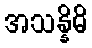
အသန္နိဓိ